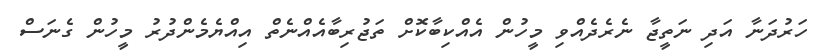
ހަރުދަނާ އަދި ނަތީޖާ ނެރެދެއްވި މީހުން އެއްކިބާކޮށް ތަޖުރިބާއެއްނެތް އިއްޔެމެންދުރު މީހުން ގެނަސް